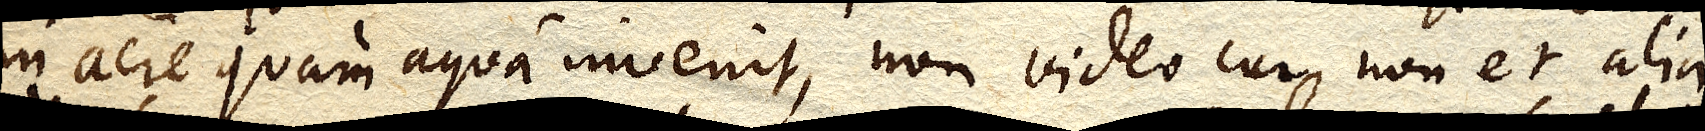
in aere quam aqua invenit, non video cur non et alia